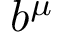
b ^ { \mu }